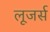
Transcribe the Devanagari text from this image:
लूजर्स